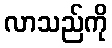
လာသည်ကို